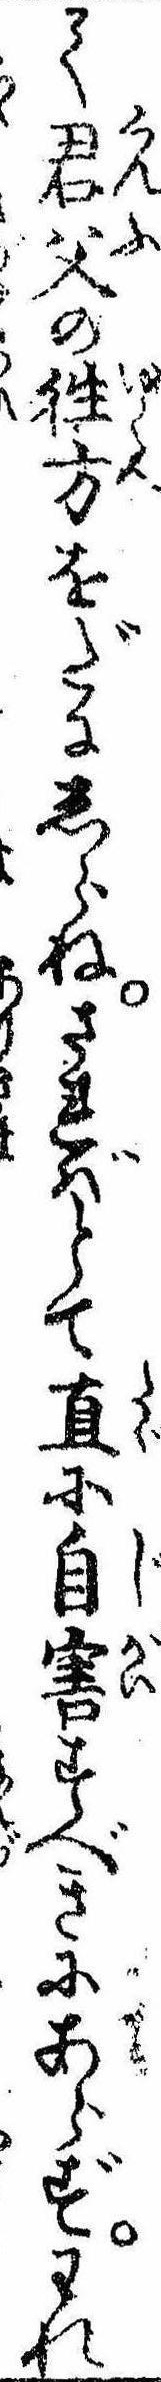
て君父の往方をだにしらねされどとて直に自害すべきにあらずわれ